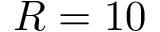
R = 1 0